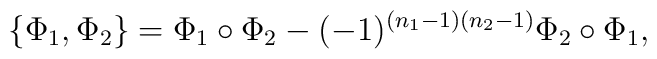
\{\Phi_1,\Phi_2\} = \Phi_1\circ\Phi_2 -(-1)^{(n_1-1)(n_2-1)} \Phi_2\circ\Phi_1,